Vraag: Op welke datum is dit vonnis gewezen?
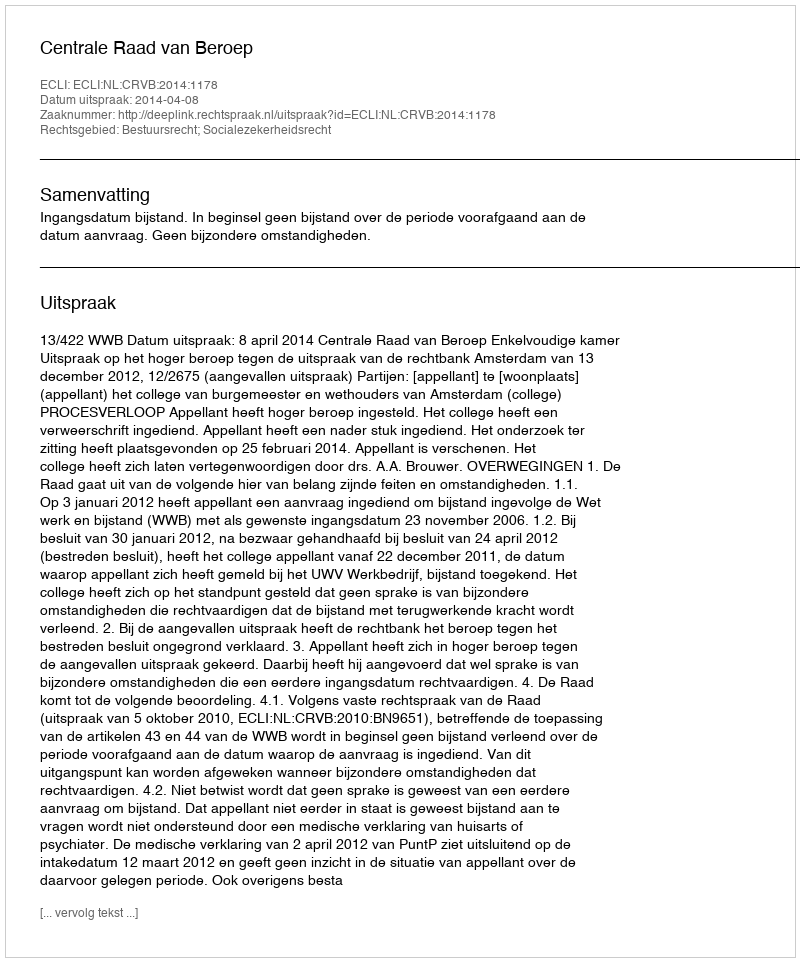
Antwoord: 2014-04-08